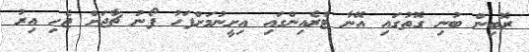
ރޮބިން ބުނި ގޮތުގައި އޭނާ ޓްރެއިންގައި އިށީނުމަށްފަހު ފޯނު ޗާޖަށް ޖެހި އިރު